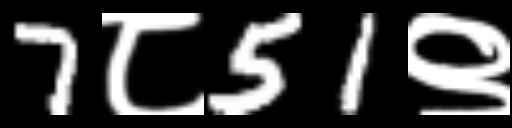
Text: 7८51९